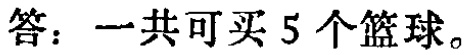
答：一共可买 5 个篮球。